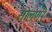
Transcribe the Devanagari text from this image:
सोलणी